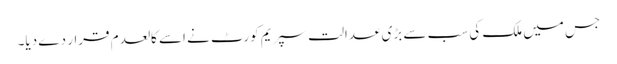
جس میں ملک کی سب سے بڑی عدالت سپریم کورٹ نے اسے کالعدم قرار دے دیا۔